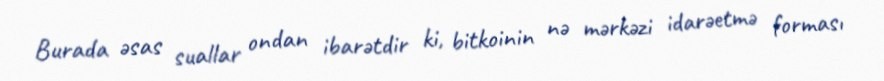
Burada əsas suallar ondan ibarətdir ki, bitkoinin nə mərkəzi idarəetmə forması